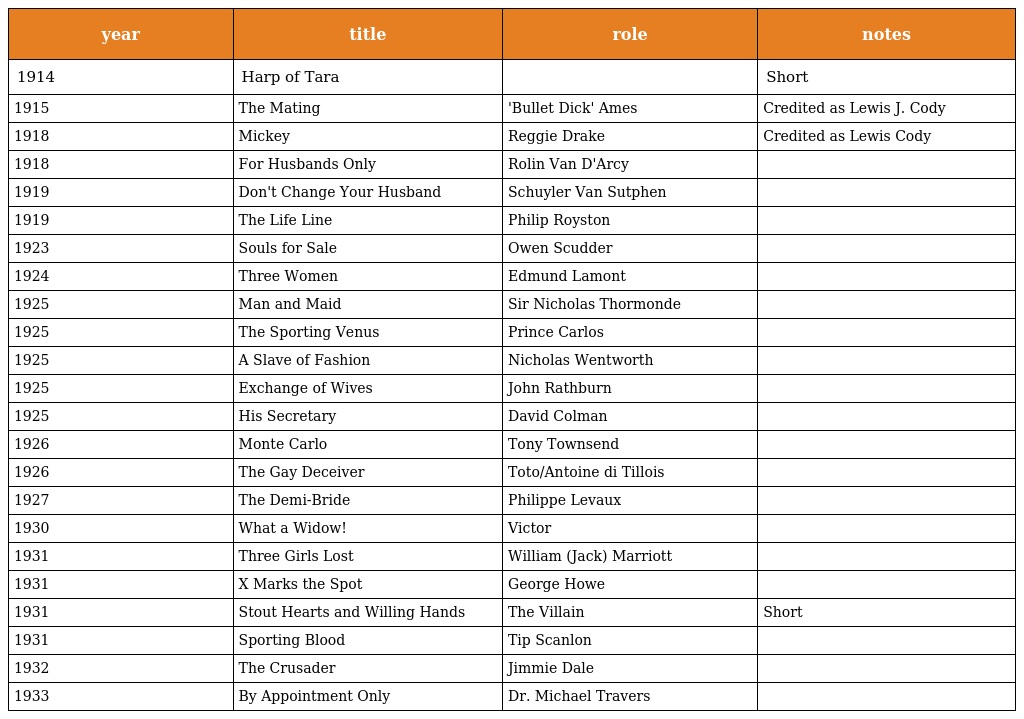
| year | title | role | notes |
 | --- | --- | --- | --- |
 | 1914 | Harp of Tara |  | Short |
 | 1915 | The Mating | 'Bullet Dick' Ames | Credited as Lewis J. Cody |
 | 1918 | Mickey | Reggie Drake | Credited as Lewis Cody |
 | 1918 | For Husbands Only | Rolin Van D'Arcy |  |
 | 1919 | Don't Change Your Husband | Schuyler Van Sutphen |  |
 | 1919 | The Life Line | Philip Royston |  |
 | 1923 | Souls for Sale | Owen Scudder |  |
 | 1924 | Three Women | Edmund Lamont |  |
 | 1925 | Man and Maid | Sir Nicholas Thormonde |  |
 | 1925 | The Sporting Venus | Prince Carlos |  |
 | 1925 | A Slave of Fashion | Nicholas Wentworth |  |
 | 1925 | Exchange of Wives | John Rathburn |  |
 | 1925 | His Secretary | David Colman |  |
 | 1926 | Monte Carlo | Tony Townsend |  |
 | 1926 | The Gay Deceiver | Toto/Antoine di Tillois |  |
 | 1927 | The Demi-Bride | Philippe Levaux |  |
 | 1930 | What a Widow! | Victor |  |
 | 1931 | Three Girls Lost | William (Jack) Marriott |  |
 | 1931 | X Marks the Spot | George Howe |  |
 | 1931 | Stout Hearts and Willing Hands | The Villain | Short |
 | 1931 | Sporting Blood | Tip Scanlon |  |
 | 1932 | The Crusader | Jimmie Dale |  |
 | 1933 | By Appointment Only | Dr. Michael Travers |  |